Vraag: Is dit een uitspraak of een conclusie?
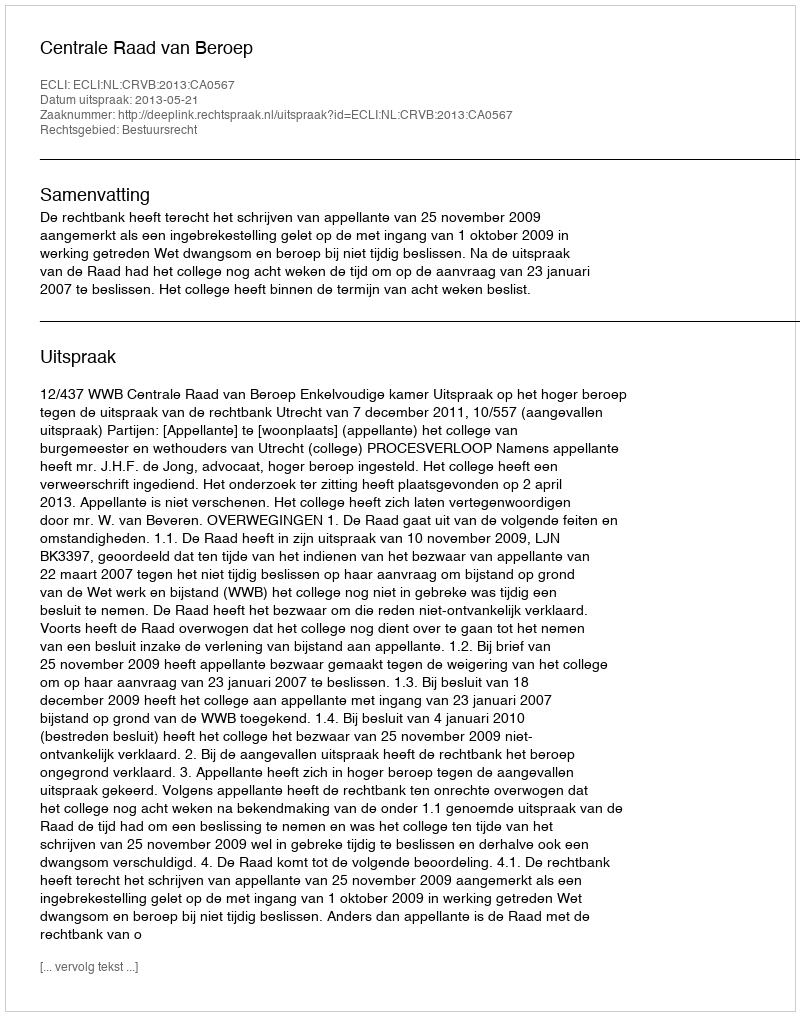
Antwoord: Uitspraak